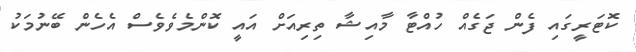
ކޮޓަރީގައި ފެން ޖަގެއް ހުއްޓާ މާއިޝާ ތިރިއަށް އައީ ކޮންމެވެވެސް އެހެން ބޭނުމަކު